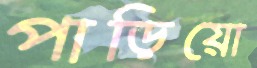
পাড়িয়ো